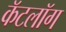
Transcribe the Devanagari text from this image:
कॅटलॉग